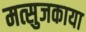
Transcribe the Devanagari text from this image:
मत्सुजकाया